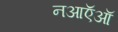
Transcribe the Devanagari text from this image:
नआऍऑ